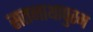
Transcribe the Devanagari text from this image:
सतनाथापुरम